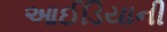
આઈડિયાની